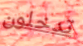
تدخلون